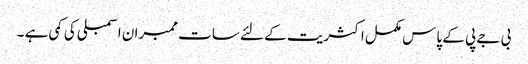
بی جے پی کے پاس مکمل اکثریت کے لئے سات ممبران اسمبلی کی کمی ہے ۔